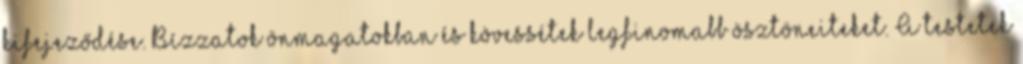
kifejeződése. Bízzatok önmagatokban és kövessétek legfinomabb ösztöneiteket. A testetek